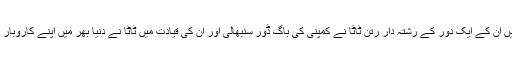
1991 میں ان کے ایک دور کے رشتہ دار رتن ٹاٹا نے کمپنی کی باگ ڈور سنبھالی اور ان کی قیادت میں ٹاٹا نے دنیا بھر میں اپنے کاروبار کو بڑھایا۔